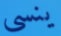
ينسى